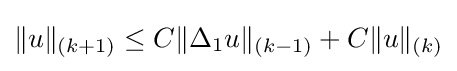
\|u\|_{(k+1)}\leq C\|\Delta _{1}u\|_{(k-1)}+C\|u\|_{(k)}